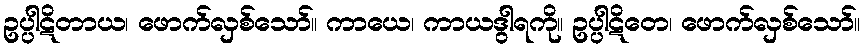
ဥပ္ပါဋိတာယ၊ ဖောက်လှစ်သော်။ ကာယေ၊ ကာယဒွါရကို။ ဥပ္ပါဋိတေ၊ ဖောက်လှစ်သော်။